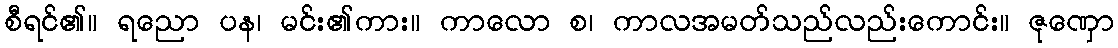
စီရင်၏။ ရညော ပန၊ မင်း၏ကား။ ကာလော စ၊ ကာလအမတ်သည်လည်းကောင်း။ ဇုဏှော